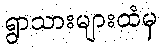
ရွာသားများထံမှ